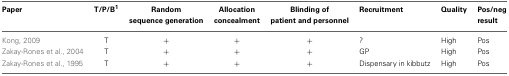
| Paper | T/P/B1 | Random sequence generation | Allocation concealment | Blinding of patient and personnel | Recruitment | Quality | Pos/neg result |
 | --- | --- | --- | --- | --- | --- | --- | --- |
 | Kong, 2009 | T | + | + | + | ? | High | Pos |
 | Zakay-Rones et al., 2004 | T | + | + | + | GP | High | Pos |
 | Zakay-Rones et al., 1995 | T | + | + | + | Dispensary in kibbutz | High | Pos |